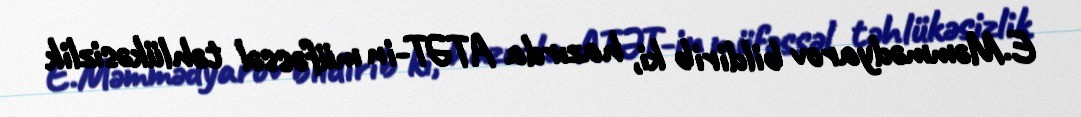
E.Məmmədyarov bildirib ki, hazırda ATƏT-in müfəssəl təhlükəsizlik